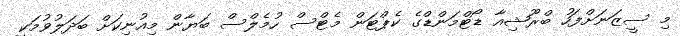
މި ސީޒަނަށްފަހު ބްރޫޝިއާ ޑޯޓްމަންޑްގެ ކެޕްޓަން މެޓްސް ހުމެލްސް ބަޔާން މިއުނިކަށް ބަދަލުވުމަކީ